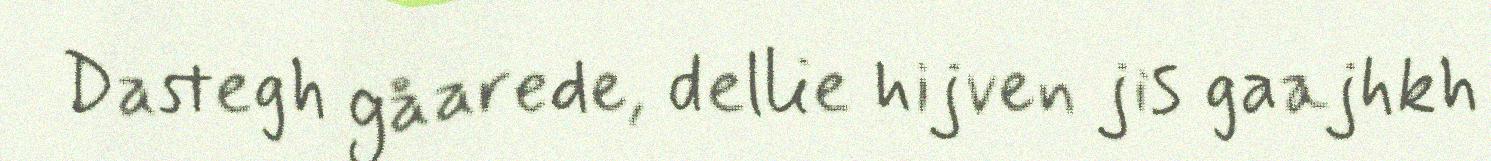
Dastegh gåarede, dellie hijven jis gaajhkh